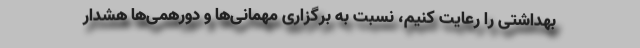
بهداشتی را رعایت کنیم، نسبت به برگزاری مهمانی‌ها و دورهمی‌ها هشدار